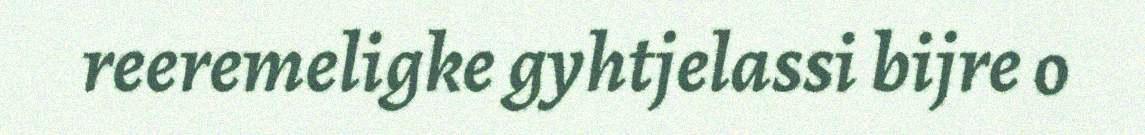
reeremeligke gyhtjelassi bijre o